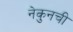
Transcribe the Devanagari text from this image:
नेकुनची